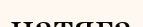
натяга